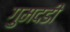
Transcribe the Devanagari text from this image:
गुमदडी